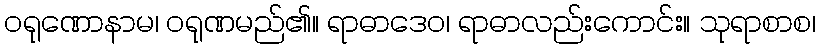
ဝရုဏောနာမ၊ ဝရုဏမည်၏။ ရာဓာဒေဝ၊ ရာဓာလည်းကောင်း။ သုရာစာစ၊